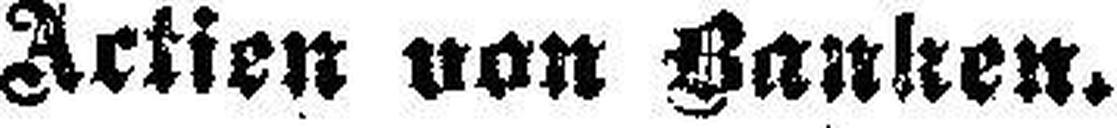
Actien von Banken.